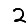
Digit: 2